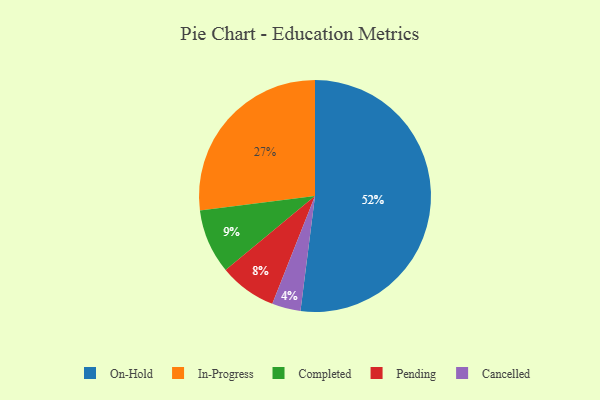
{"axis": {"x": "Category", "y": "Percentage"}, "legend": ["Cancelled", "Completed", "In-Progress", "On-Hold", "Pending"], "data": [{"x": "Completed", "y": 9, "type": "Completed"}, {"x": "Pending", "y": 8, "type": "Pending"}, {"x": "In-Progress", "y": 27, "type": "In-Progress"}, {"x": "Cancelled", "y": 4, "type": "Cancelled"}, {"x": "On-Hold", "y": 52, "type": "On-Hold"}]}